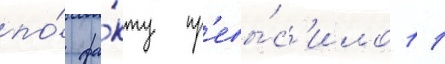
по́ фа́кту пр'евы́с'ило 11